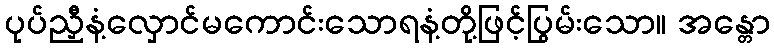
ပုပ်ညှီနံ့လှောင်မကောင်းသောရနံ့တို့ဖြင့်ပြွမ်းသော။ အန္တော